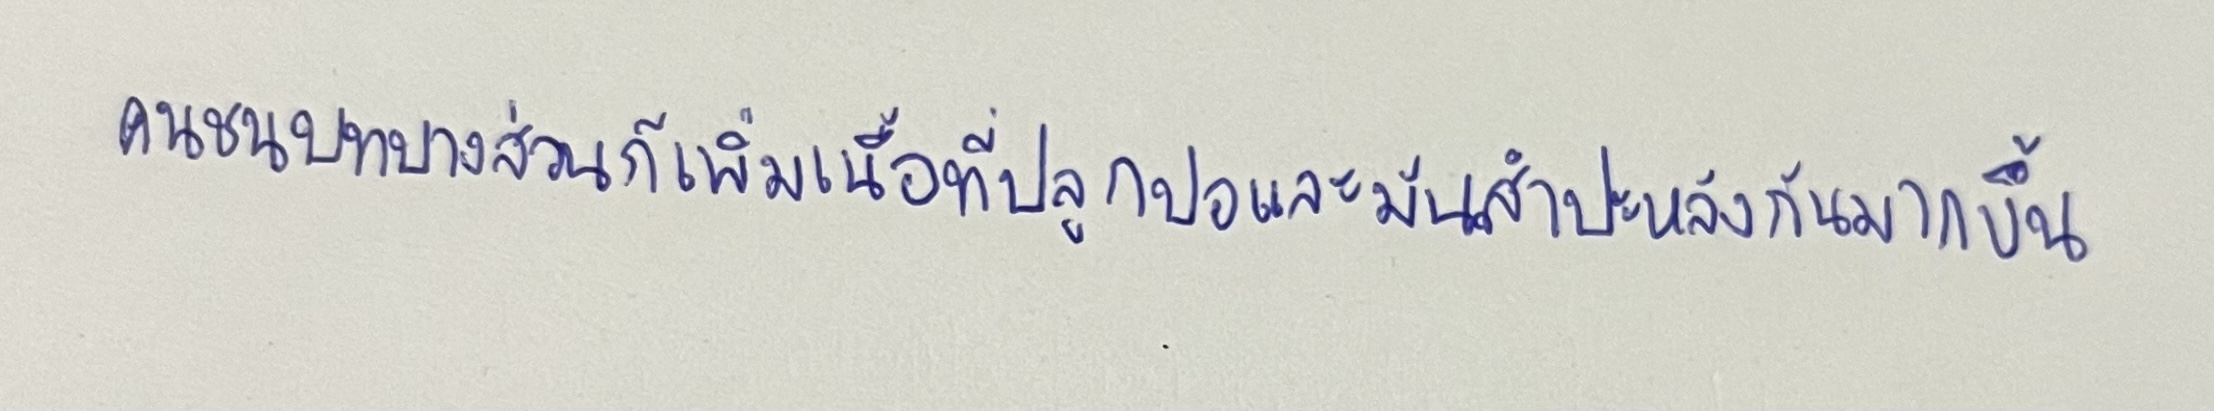
คนชนบทบางส่วนก็เพิ่มเนื้อที่ปลูกปอและมันสำปะหลังกันมากขึ้น